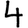
Digit: 4